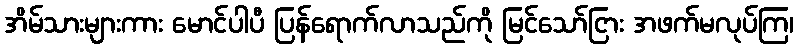
အိမ်သားများကား မောင်ပါပီ ပြန်ရောက်လာသည်ကို မြင်သော်ငြား အဖက်မလုပ်ကြ၊